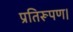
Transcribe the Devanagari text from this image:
प्रतिरूपण।